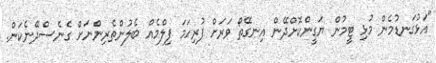
"އަޅުގަނޑުމެން މުޅި ޓީމުން ޔަގީންކޮށްދޭން އިނގޭތޯ ވަރަށް ފުރިހަމަ ފިލްމެއް ބެލުންތެރިންނަށް ގެނެސްދޭނެކަން.